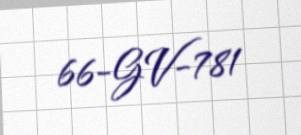
66-GV-781